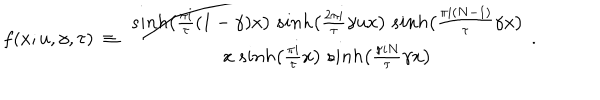
LaTeX: f ( x ; u , \gamma , \tau ) ~ \equiv ~ { \frac { s i n h \big ( { \frac { \pi i } { \tau } } ( 1 - \gamma ) x \big ) ~ s i n h \big ( { \frac { 2 \pi i } { \tau } } \gamma u x \big ) ~ s i n h \big ( { \frac { \pi i ( N - 1 ) } { \tau } } \gamma x \big ) } { x ~ s i n h \big ( { \frac { \pi i } { \tau } } x \big ) ~ s i n h \big ( { \frac { \pi i N } { \tau } } \gamma x \big ) } } \ .